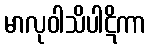
မာလုဝါသိပါဋိကာ